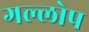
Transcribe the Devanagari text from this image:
गल्लोप